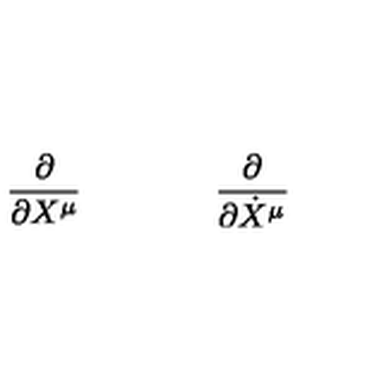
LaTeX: \frac { \partial } { \partial X ^ { \mu } } \qquad \textrm \qquad \frac { \partial } { \partial \dot { X } ^ { \mu } }